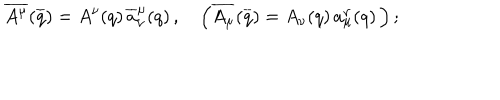
\overline { { { A ^ { \mu } } } } ( \overline { { { q } } } ) = A ^ { \nu } ( q ) \, \overline { { { a } } } _ { \nu } ^ { \mu } ( q ) \, , \quad \left( \overline { { { A _ { \mu } } } } ( \overline { { { q } } } ) = A _ { \nu } ( q ) \, { a } _ { \mu } ^ { \nu } ( q ) \, \right) ;